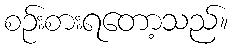
စဉ်းစားရတော့သည်။